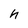
Character: n